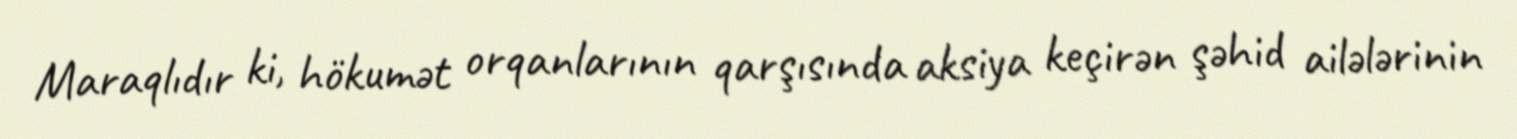
Maraqlıdır ki, hökumət orqanlarının qarşısında aksiya keçirən şəhid ailələrinin